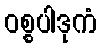
ဝစ္စပါဒုကံ